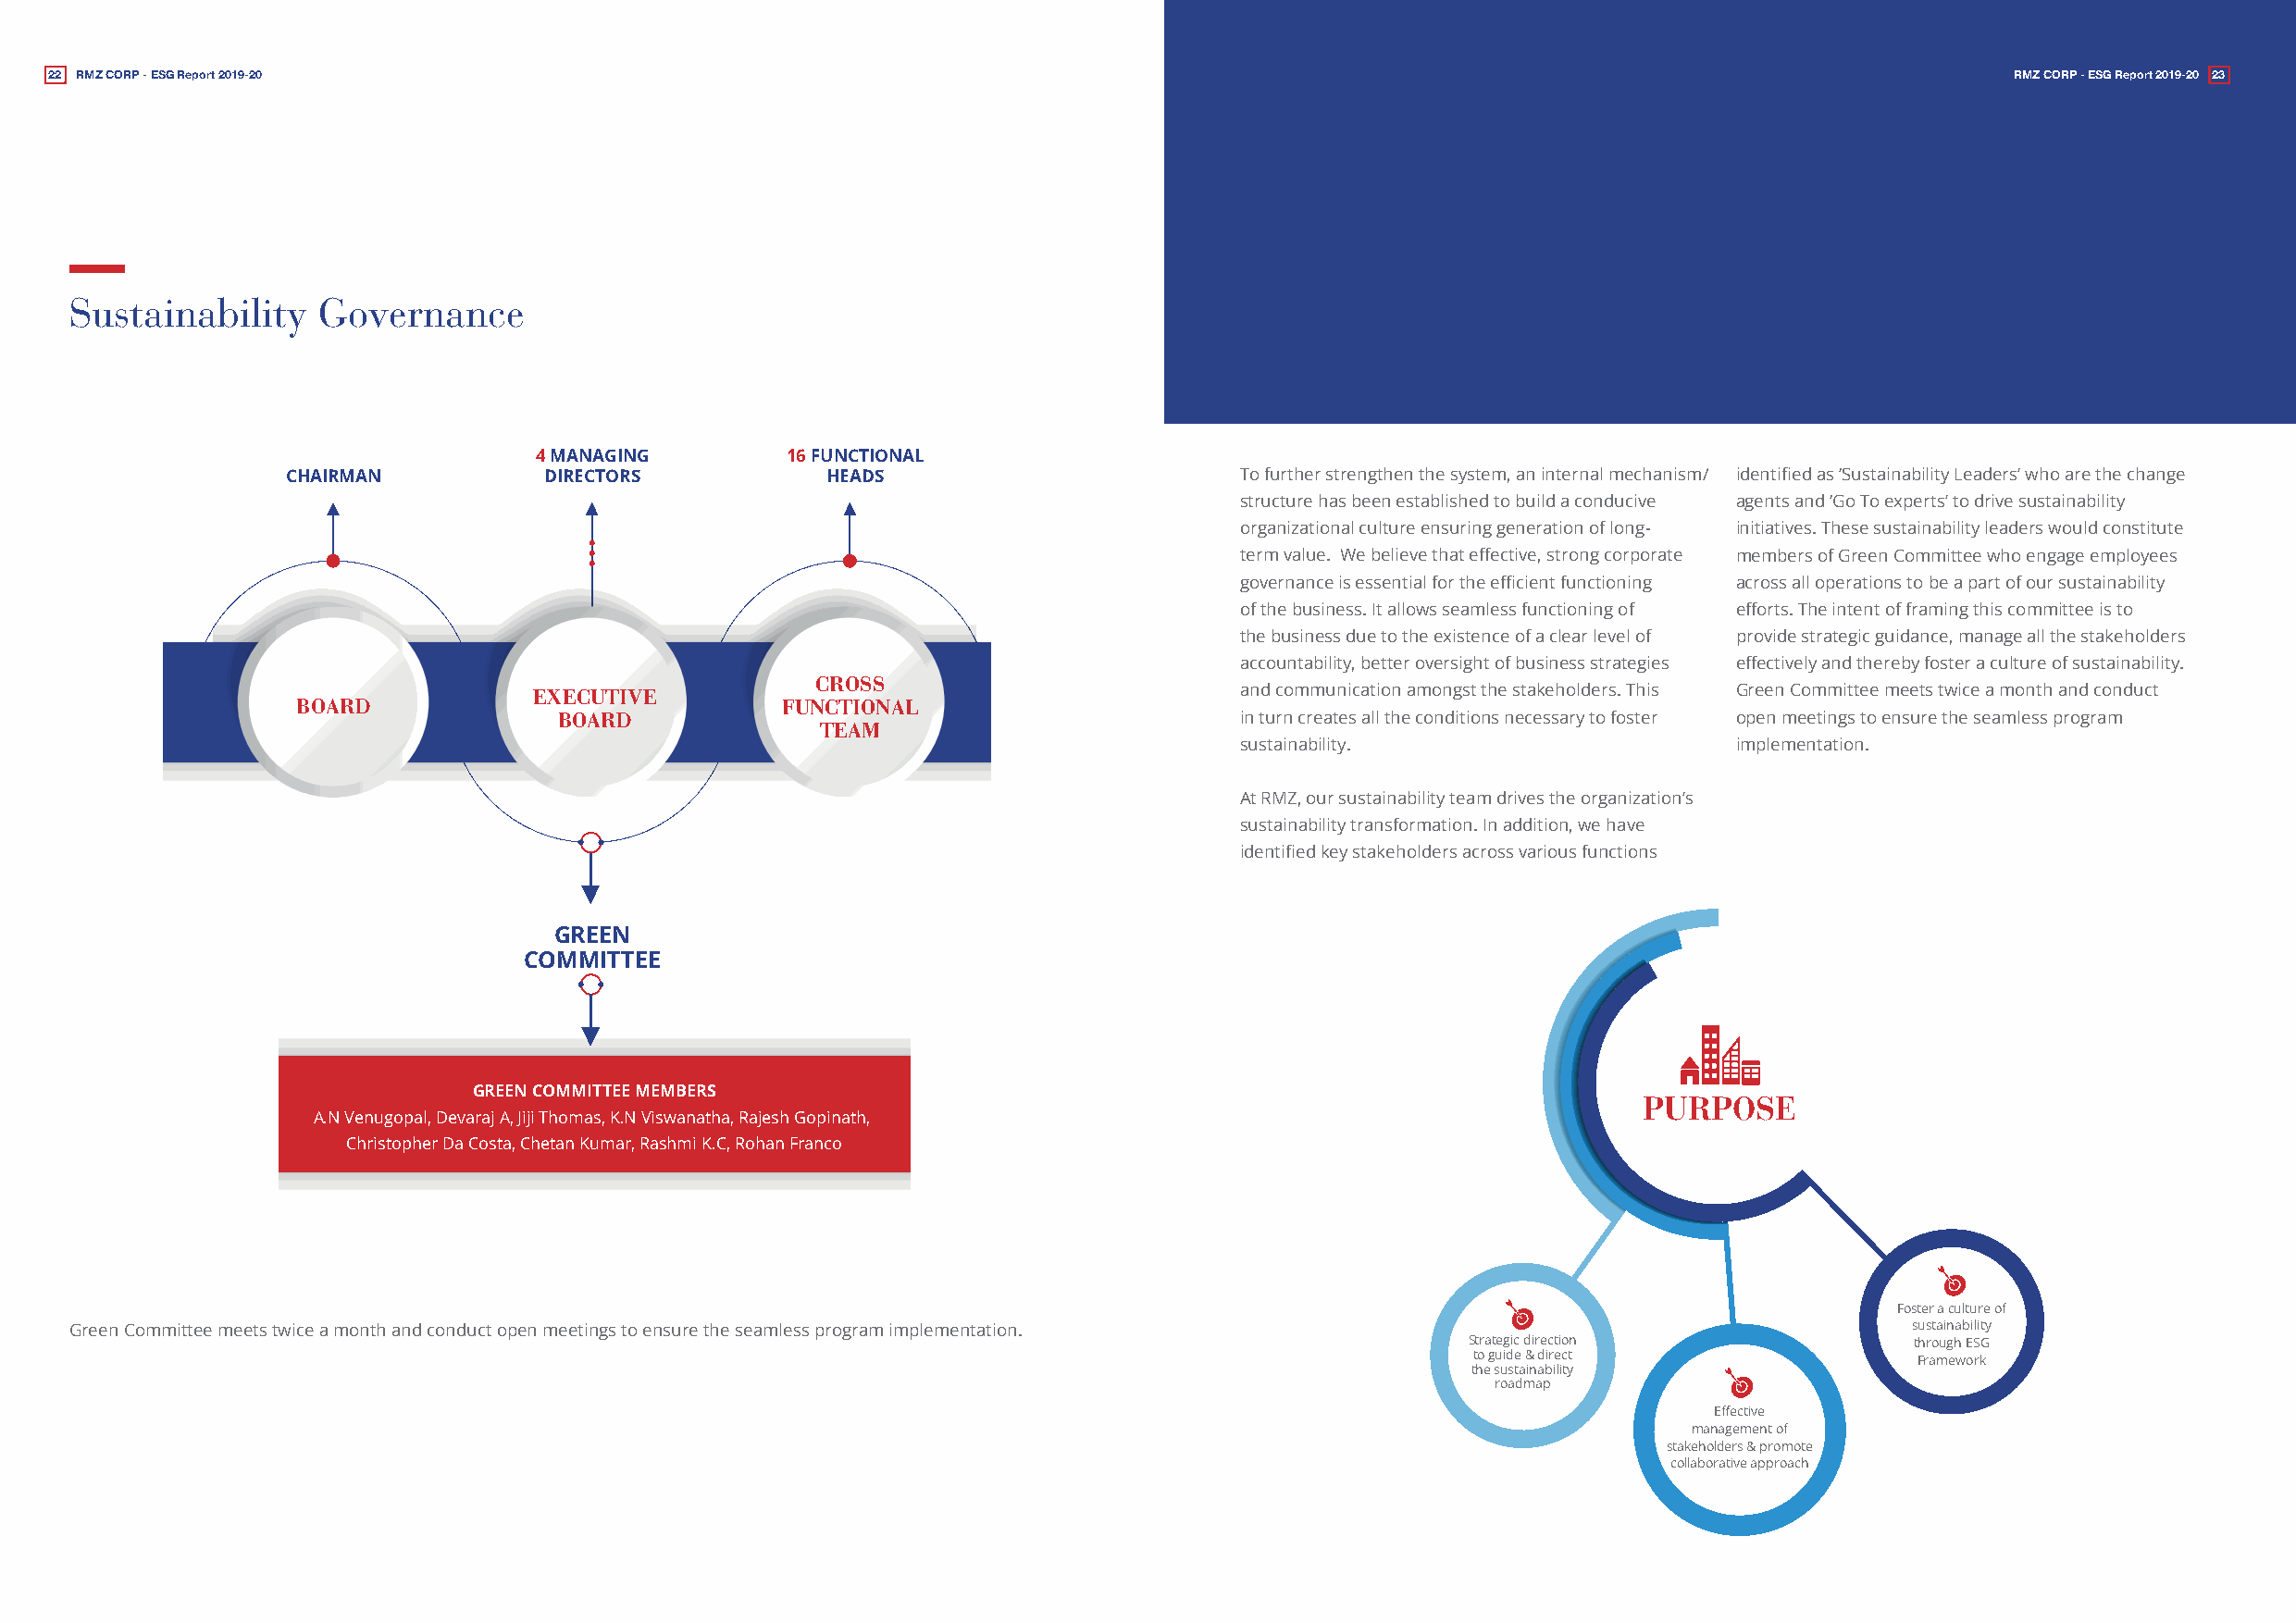
22 RMZ CORP - ESG Report 2019-20                                                                                                             RMZ CORP - ESG Report 2019-20 23
 Sustainability    Governance
 4 MANAGING        16 FUNCTIONAL
 CHAIRMAN           DIRECTORS           HEADS                         To further strengthen the system, an internal mechanism/ identified as ‘Sustainability Leaders’ who are the change
 structure has been established to build a conducive agents and ‘Go To experts’ to drive sustainability
 organizational culture ensuring generation of long- initiatives. These sustainability leaders would constitute
 term value. We believe that effective, strong corporate members of Green Committee who engage employees
 governance is essential for the efficient functioning across all operations to be a part of our sustainability
 of the business. It allows seamless functioning of efforts. The intent of framing this committee is to
 the business due to the existence of a clear level of provide strategic guidance, manage all the stakeholders
 accountability, better oversight of business strategies effectively and thereby foster a culture of sustainability.
 CROSS
 EXECUTIVE                                          and communication amongst the stakeholders. This Green Committee meets twice a month and conduct
 BOARD                              FUNCTIONAL
 BOARD                                            in turn creates all the conditions necessary to foster open meetings to ensure the seamless program
 TEAM
 sustainability.                    implementation.
 At RMZ, our sustainability team drives the organization’s
 sustainability transformation. In addition, we have
 identified key stakeholders across various functions
 GREEN
 COMMITTEE
 GREEN COMMITTEE MEMBERS
 PURPOSE
 A.N Venugopal, Devaraj A, Jiji Thomas, K.N Viswanatha, Rajesh Gopinath,
 Christopher Da Costa, Chetan Kumar, Rashmi K.C, Rohan Franco
 Foster a culture of
 Green Committee meets twice a month and conduct open meetings to ensure the seamless program implementation.                        sustainability
 Strategic direction             through ESG
 to guide & direct               Framework
 the sustainability
 roadmap
 Effective
 management of
 stakeholders & promote
 collaborative approach